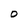
Character: O